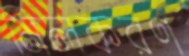
মিলকরণ